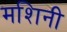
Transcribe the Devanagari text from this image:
मशिनी